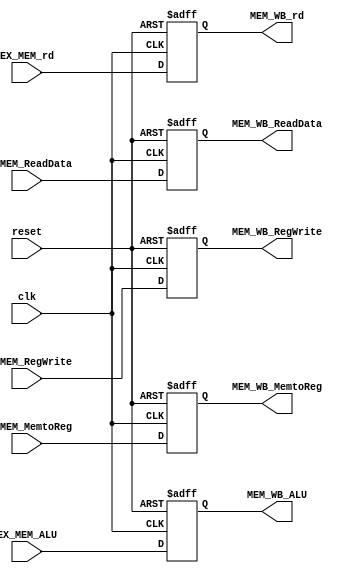
module MEM_WB(
    input clk, reset,
    input [4:0] EX_MEM_rd,
    input [63:0] EX_MEM_ALU,
    input [63:0] EX_MEM_ReadData,
    input EX_MEM_RegWrite,
    input EX_MEM_MemtoReg,
    
    output reg [4:0] MEM_WB_rd,
    output reg [63:0] MEM_WB_ALU,
    output reg [63:0] MEM_WB_ReadData,
    output reg MEM_WB_RegWrite,
  output reg MEM_WB_MemtoReg);

 
always @(posedge clk or posedge reset)
    begin
        if (reset)
            begin
                MEM_WB_rd = 0;
                MEM_WB_ALU = 0;
                MEM_WB_ReadData = 0;
                MEM_WB_RegWrite = 0;
                MEM_WB_MemtoReg = 0;
            end
        else 
            begin
                MEM_WB_rd = EX_MEM_rd;
                MEM_WB_ALU = EX_MEM_ALU;
                MEM_WB_ReadData = EX_MEM_ReadData;
                MEM_WB_RegWrite = EX_MEM_RegWrite;
                MEM_WB_MemtoReg = EX_MEM_MemtoReg;
            end    
    end
endmodule